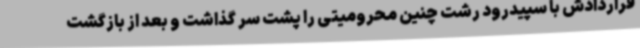
قراردادش با سپیدرود رشت چنین محرومیتی را پشت سر گذاشت و بعد از بازگشت